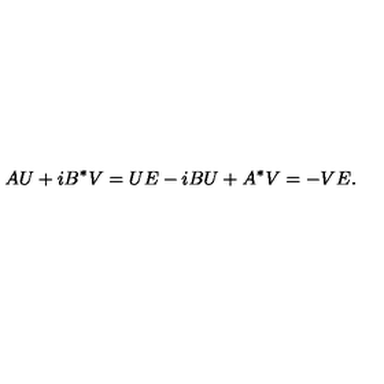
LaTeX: A U + i B ^ { * } V = U E - i B U + A ^ { * } V = - V E .